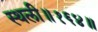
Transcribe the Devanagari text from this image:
स्थली॥१६४॥